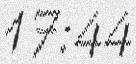
17:44